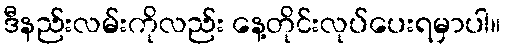
ဒီနည်းလမ်းကိုလည်း နေ့တိုင်းလုပ်ပေးရမှာပါ။